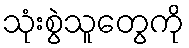
သုံးစွဲသူတွေကို